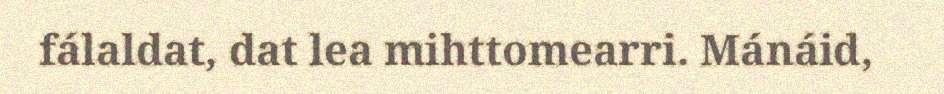
fálaldat, dat lea mihttomearri. Mánáid,